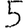
Digit: 5